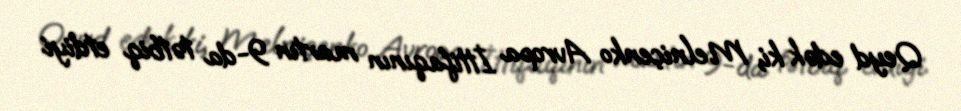
Qeyd edək ki, Melniçenko Avropa İttifaqının martın 9-da tətbiq etdiyi